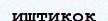
иштиқоқ